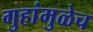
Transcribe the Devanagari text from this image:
गुहांमुळेच